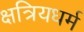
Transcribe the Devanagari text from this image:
क्षत्रियधर्म